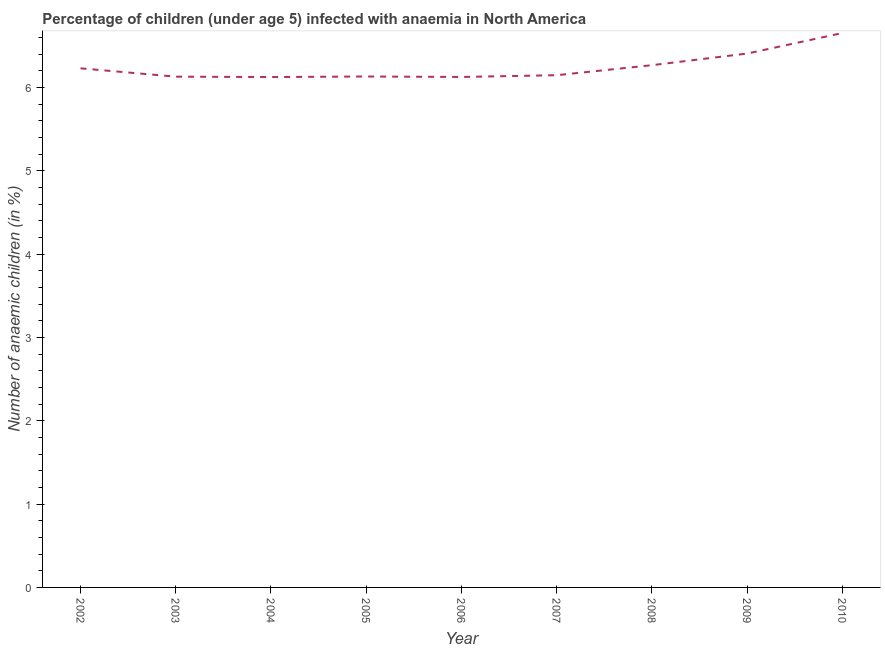
| Year | Prevalence of anemia among children |
 | --- | --- |
 | 2002 | 6.23 |
 | 2003 | 6.13 |
 | 2004 | 6.13 |
 | 2005 | 6.13 |
 | 2006 | 6.13 |
 | 2007 | 6.15 |
 | 2008 | 6.27 |
 | 2009 | 6.41 |
 | 2010 | 6.66 |